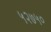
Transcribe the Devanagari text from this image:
५२७५०